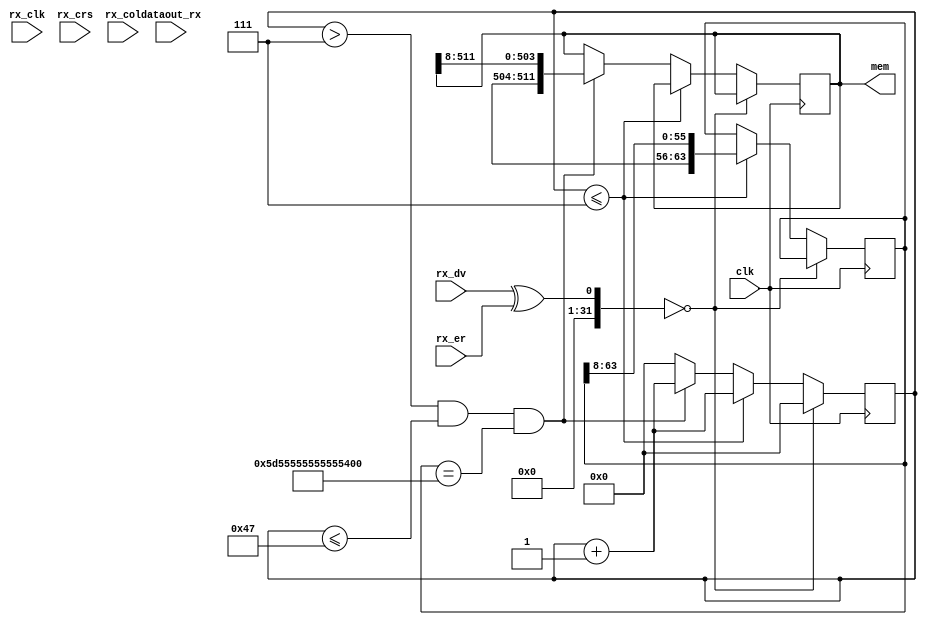
module eth_rec_tst(clk,dataout_rx,rx_clk,rx_er,rx_dv,rx_crs,rx_col,mem);                           

input clk,rx_clk,rx_er,rx_dv,rx_crs,rx_col;
input [3:0]dataout_rx;
wire repclk;
wire [3:0]rx_data_2,rx_data_1;
reg [63:0]temp;
output reg [511:0]mem;
reg [6:0]cnt;
 	
/*	rx_rep_clk zx(
	clk,
	repclk);
	
dd_rec xy(
	dataout_rx,
   repclk,
	rx_data_1,
	rx_data_2);*/
always @(posedge clk)
begin

if((rx_dv^rx_er)==0)
begin
cnt<=0;
end


else 
begin
if(cnt<=7)
begin
temp<={rx_data_2,rx_data_1,temp[63:8]};
cnt<=cnt+1;
end

else if((cnt>7 && cnt<=71)&&(temp== 64'h5D55555555555555))
begin
mem<={rx_data_2,rx_data_1,mem[511:8]};
cnt<=cnt+1;
end

else
cnt<=0;
end

end

endmodule